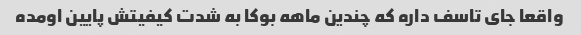
واقعا جای تاسف داره که چندین ماهه بوکا به شدت کیفیتش پایین اومده